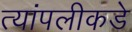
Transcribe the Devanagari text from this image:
त्यांपलीकडे